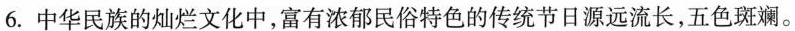
6.中华民族的灿烂文化中，富有浓郁民俗特色的传统节日源远流长，五色斑斓。